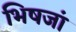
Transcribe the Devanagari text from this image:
भिषजां